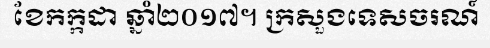
ខែកក្កដា ឆ្នាំ២០១៧។ ក្រសួងទេសចរណ៍